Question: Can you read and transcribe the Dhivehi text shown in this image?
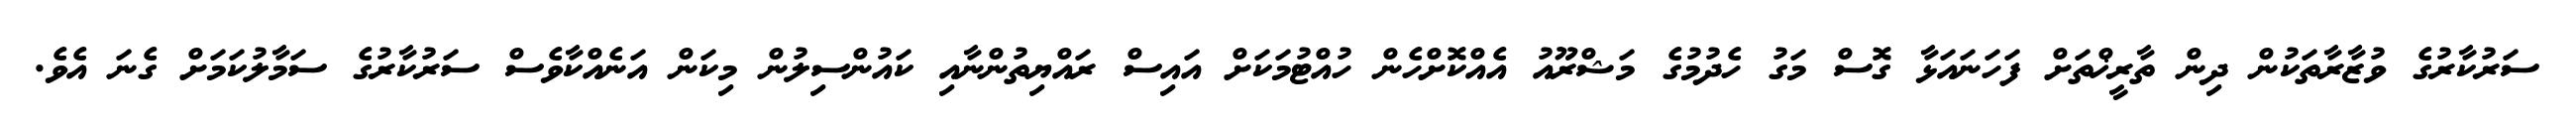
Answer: ސަރުކާރުގެ ވުޒާރާތަކުން ދިން ތާރީޚްތަށް ފަހަނައަޅާ ގޮސް މަގު ހެދުމުގެ މަޝްރޫއު އެއްކޮށްހެން ހުއްޓުމަކަށް އައިސް ރައްޔިތުންނާއި ކައުންސިލުން މިކަން އަނެއްކާވެސް ސަރުކާރުގެ ސަމާލުކަމަށް ގެނަ އެވެ.